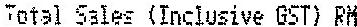
TOTAL SALES (INCLUSIVE GST) RM